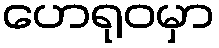
ဟေရုဝမှာ